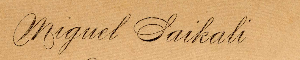
Miguel Saikali